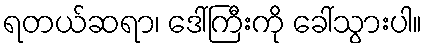
ရတယ်ဆရာ၊ ဒေါ်ကြီးကို ခေါ်သွားပါ။